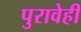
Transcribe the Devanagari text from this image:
पुरावेही